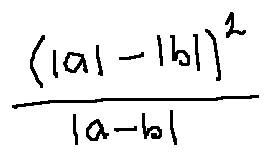
\frac { ( | a | - | b | ) ^ { 2 } } { | a - b | }